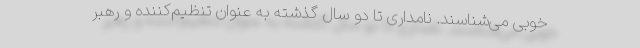
خوبی می‌شناسند. نامداری تا دو سال گذشته به عنوان تنظیم‌کننده و رهبر